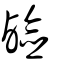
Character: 鹼